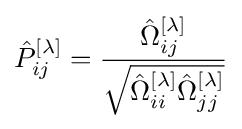
{\hat {P}}_{ij}^{[\lambda ]}={\frac {{\hat {\Omega }}_{ij}^{[\lambda ]}}{\sqrt {{\hat {\Omega }}_{ii}^{[\lambda ]}{\hat {\Omega }}_{jj}^{[\lambda ]}}}}